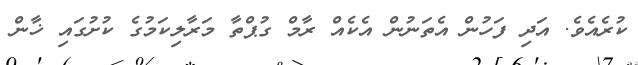
ކުރެއެވެ. އަދި ފަހުން އެތަނުން އެކެއް ރާމް ގުޕްތާ މަރާލިކަމުގެ ކުށުގައި ޚާން